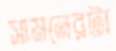
সামনেরটা